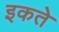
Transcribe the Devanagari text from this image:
इकते